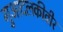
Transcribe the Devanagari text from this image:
गुआदलकीवीर